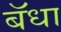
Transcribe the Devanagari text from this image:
बॅधा